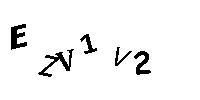
EZV1V2